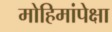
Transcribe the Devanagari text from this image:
मोहिमांपेक्षा